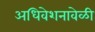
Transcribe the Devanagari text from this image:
अधिवेशनावेळी